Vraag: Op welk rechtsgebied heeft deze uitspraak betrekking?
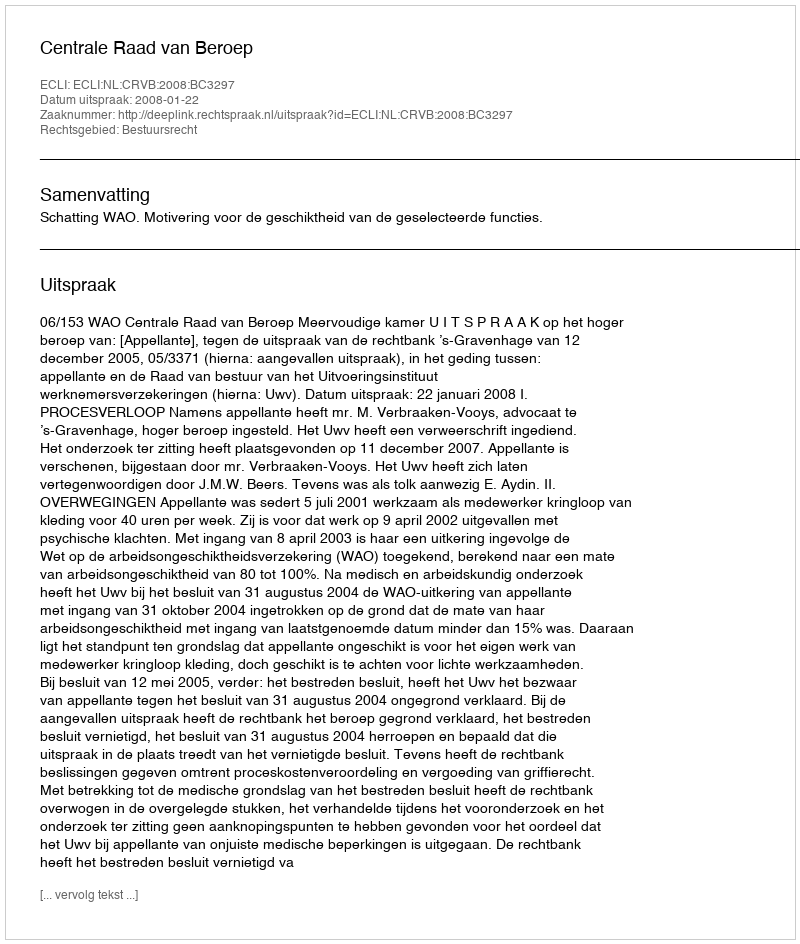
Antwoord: Bestuursrecht